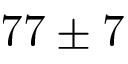
7 7 \pm 7